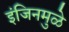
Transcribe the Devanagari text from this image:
इंजिनमुळे